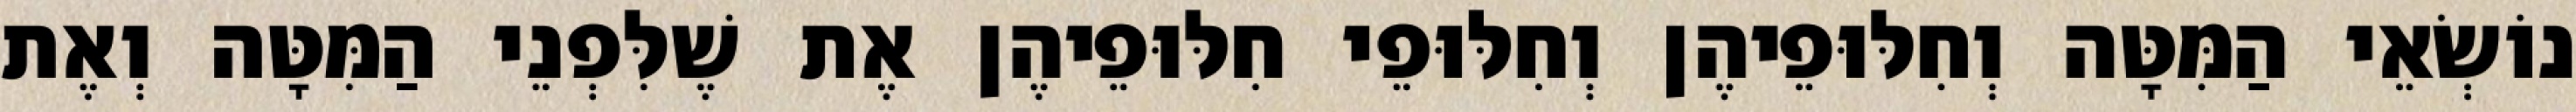
נוֹשְׂאֵי הַמִּטָּה וְחִלּוּפֵיהֶן וְחִלּוּפֵי חִלּוּפֵיהֶן אֶת שֶׁלִּפְנֵי הַמִּטָּה וְאֶת